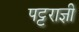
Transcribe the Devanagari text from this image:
पट्टराज्ञी